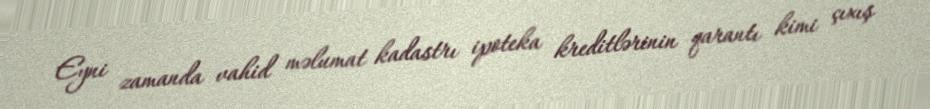
Eyni zamanda vahid məlumat kadastrı ipoteka kreditlərinin qarantı kimi çıxış